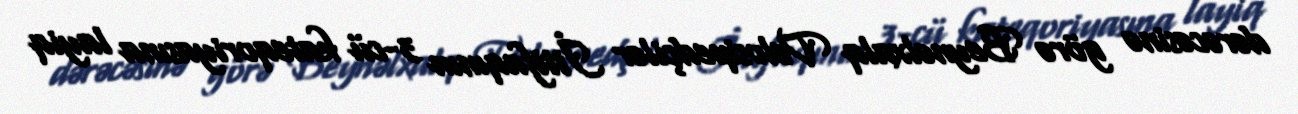
dərəcəsinə görə Beynəlxalq Velosipedçilər İttifaqının 3-cü kateqoriyasına layiq